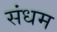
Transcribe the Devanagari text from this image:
संधम